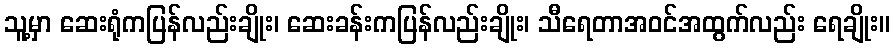
သူ့မှာ ဆေးရုံကပြန်လည်းချိုး၊ ဆေးခန်းကပြန်လည်းချိုး၊ သီရေတာအဝင်အထွက်လည်း ရေချိုး။